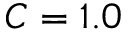
C = 1 . 0